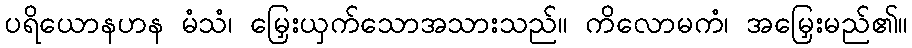
ပရိယောနဟန မံသံ၊ မြှေးယှက်သောအသားသည်။ ကိလောမကံ၊ အမြှေးမည်၏။